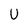
Character: U